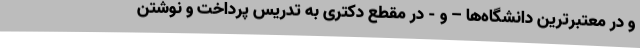
و در معتبرترین دانشگاه‌ها – و - در مقطع دکتری به تدریس پرداخت و نوشتن